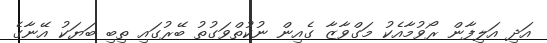
އަދި އަލިފާން ރޯވުމާއެކު މަގްވާޒާ ގެއިން ނުކުތްވަގުތު ބޭރުގައި ތިބި ބަޔަކު އޭނާގެ